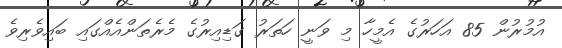
އުމުރުން 85 އަހަރުގެ އެމީހާ މި ވަނީ ހަތަރު ގަޑިއިރުގެ މެރެތަންއެއްގައި ބައިވެރިވެ